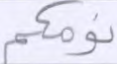
نومكم